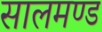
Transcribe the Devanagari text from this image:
सालमण्ड